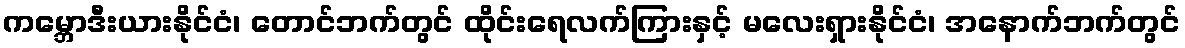
ကမ္ဘောဒီးယားနိုင်ငံ၊ တောင်ဘက်တွင် ထိုင်းရေလက်ကြားနှင့် မလေးရှားနိုင်ငံ၊ အနောက်ဘက်တွင်